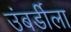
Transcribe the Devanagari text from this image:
उंबर्डीला